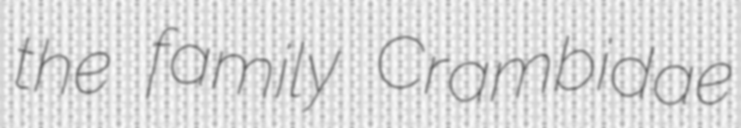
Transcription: the family Crambidae